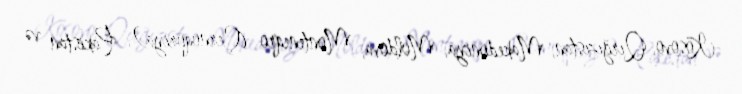
Kosovo, Qırğızıstan, Makedoniya, Moldova, Monteneqro (Çernoqoriya), Pakistan və